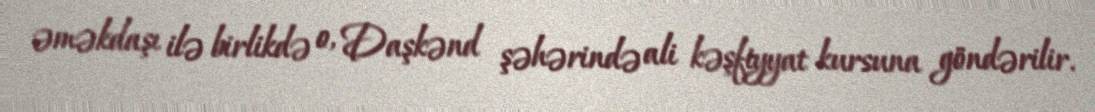
əməkdaşı ilə birlikdə o, Daşkənd şəhərində ali kəşfiyyat kursuna göndərilir.